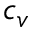
c _ { v }